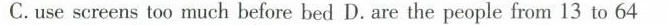
C. use screens too much before bed D.are the people from 13 to 64